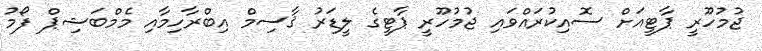
ޖުމުހޫރީ ޕާޓީއަށް ސޮއިކުރައްވައި ޖުމުހޫރީ ޕާޓީގެ ލީޑަރު ޤާސިމް އިބްރާހިމާއި މެމްބަޝިޕް ފޯމު